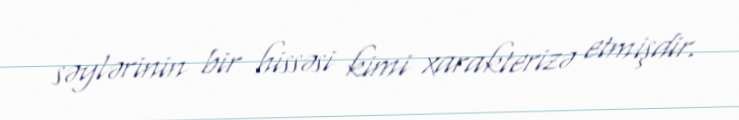
səylərinin bir hissəsi kimi xarakterizə etmişdir.